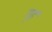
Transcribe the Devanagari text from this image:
गृहं